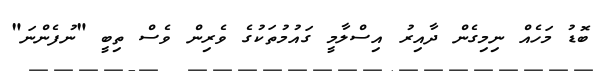
ބޮޑު މަހެއް ނިމިގެން ދާއިރު އިސްލާމީ ގައުމުތަކުގެ ވެރިން ވެސް ތިބީ "ނުފެންނަ"